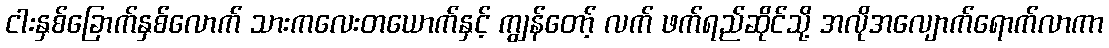
ငါးနှစ်ခြောက်နှစ်လောက် သားကလေးတယောက်နှင့် ကျွန်တော့် လက် ဖက်ရည်ဆိုင်သို့ အလိုအလျောက်ရောက်လာကာ